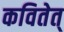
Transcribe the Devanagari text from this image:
कवितेत्